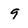
Character: 9